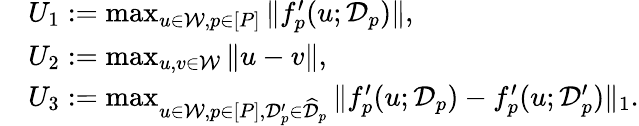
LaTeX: \begin{array}{rl}&{\textstyle U_{1}:=\operatorname*{max}_{u\in\mathcal{W},p\in[P]}\| f_{p}^{\prime}(u;\mathcal{D}_{p})\| ,}\\ &{\textstyle U_{2}:=\operatorname*{max}_{u,v\in\mathcal{W}}\| u-v\| ,}\\ &{\textstyle U_{3}:=\operatorname*{max}_{u\in\mathcal{W},p\in[P],\mathcal{D}_{p}^{\prime}\in\widehat{\mathcal{D}}_{p}}\| f_{p}^{\prime}(u;\mathcal{D}_{p})-f_{p}^{\prime}(u;\mathcal{D}_{p}^{\prime})\| _{1}.}\end{array}